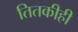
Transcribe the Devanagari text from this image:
तितकीही